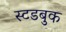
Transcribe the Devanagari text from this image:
स्टडबुक